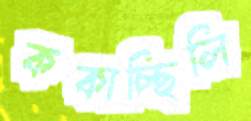
ককাচ্ছিলি